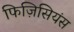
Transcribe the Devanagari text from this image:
फिज़िसियंस